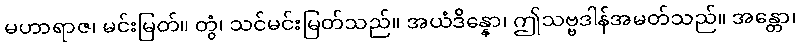
မဟာရာဇ၊ မင်းမြတ်။ တွံ၊ သင်မင်းမြတ်သည်။ အယံဒိန္နော၊ ဤသဗ္ဗဒါန်အမတ်သည်။ အန္တော၊